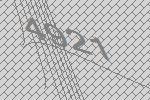
4921